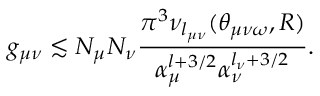
g _ { \mu \nu } \lesssim N _ { \mu } N _ { \nu } \frac { \pi ^ { 3 } \nu _ { l _ { \mu \nu } } ( \theta _ { \mu \nu \omega } , R ) } { \alpha _ { \mu } ^ { l + 3 / 2 } \alpha _ { \nu } ^ { l _ { \nu } + 3 / 2 } } .